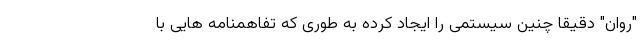
"روان" دقیقا چنین سیستمی را ایجاد کرده به طوری که تفاهمنامه هایی با